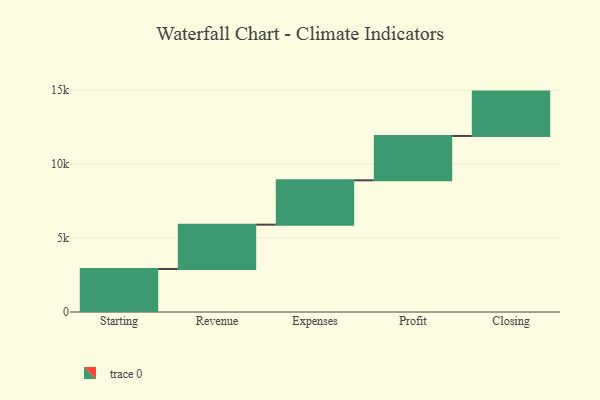
{"axis": {"x": "Step", "y": "Value"}, "legend": [""], "data": [{"x": "Starting", "y": 2909.0, "type": ""}, {"x": "Revenue", "y": 3000, "type": ""}, {"x": "Expenses", "y": 3000, "type": ""}, {"x": "Profit", "y": 3000, "type": ""}, {"x": "Closing", "y": 3000, "type": ""}]}